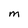
Character: M